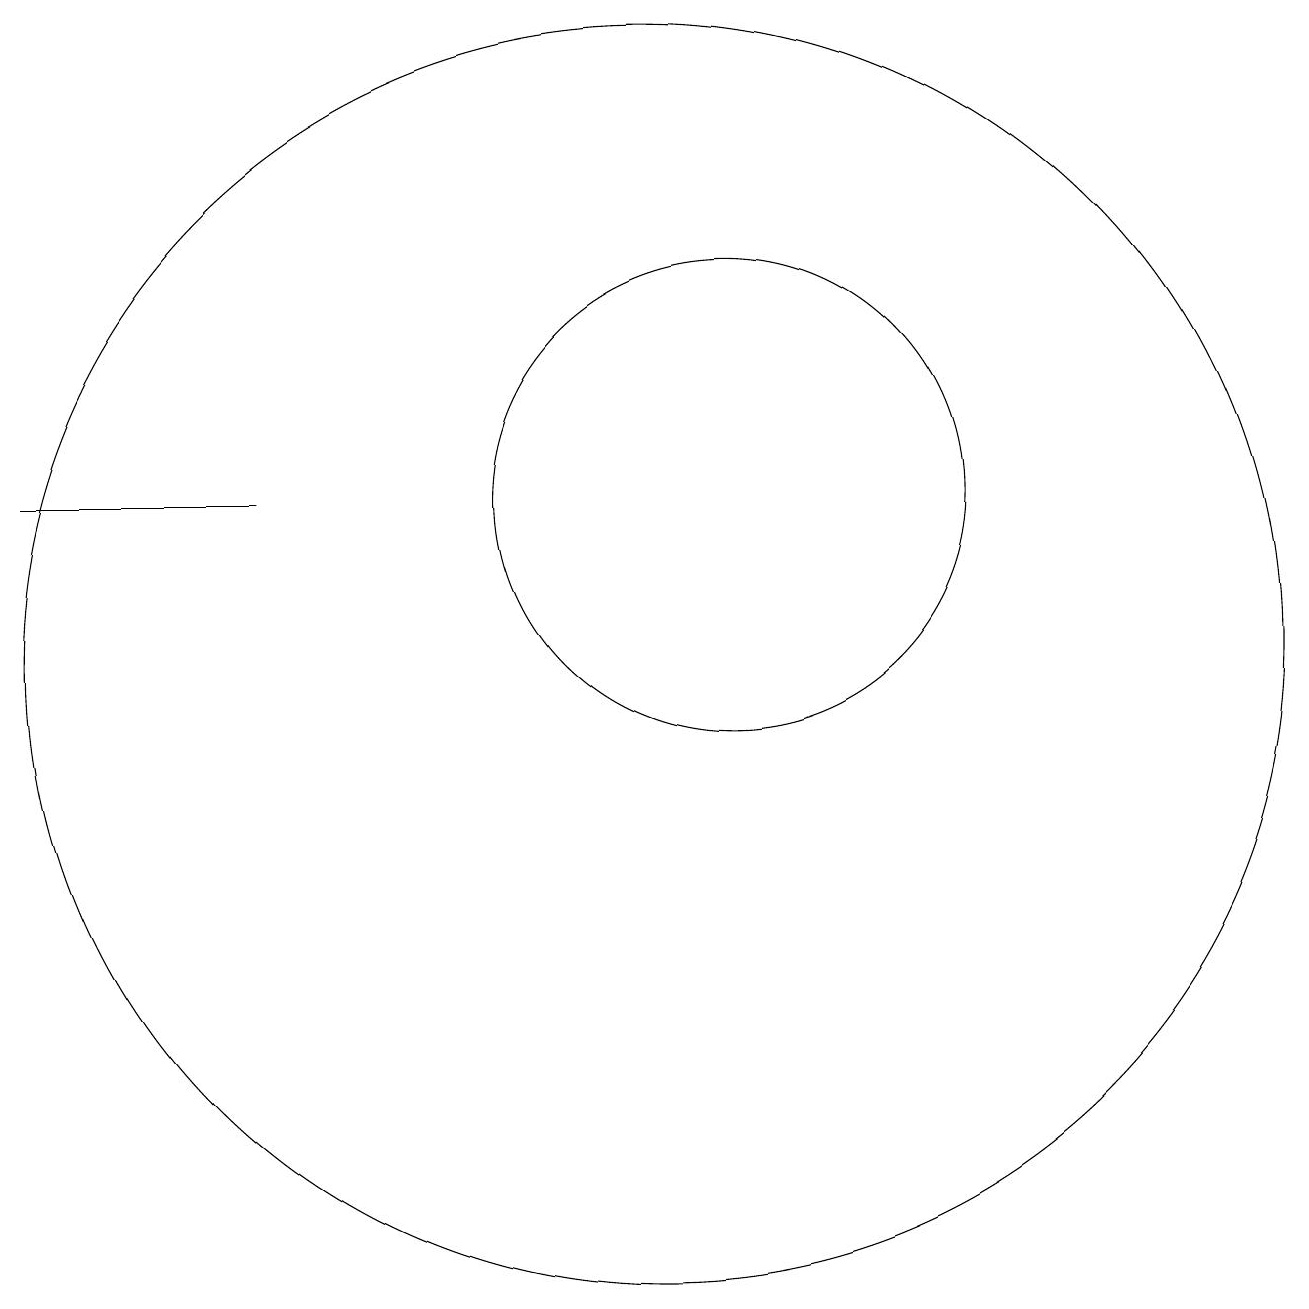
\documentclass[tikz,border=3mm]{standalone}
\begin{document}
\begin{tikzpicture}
\draw (12,12) circle (3);
\draw (3,12) rectangle (6,12);
\draw (11,10) circle (8);
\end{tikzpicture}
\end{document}